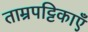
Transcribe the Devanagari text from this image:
ताम्रपट्टिकाएँ